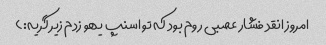
امروز انقد فشار عصبی روم بود که تو اسنپ یهو زدم زیر گریه:)